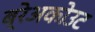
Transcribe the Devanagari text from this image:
ब्रेअकोउट